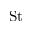
\mathrm { S t }